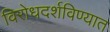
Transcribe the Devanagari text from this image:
विरोधदर्शविण्यात